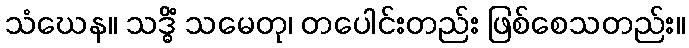
သံဃေန။ သဒ္ဓိံ သမေတု၊ တပေါင်းတည်း ဖြစ်စေသတည်း။